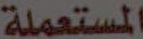
المستعملة